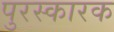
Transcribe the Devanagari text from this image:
पुरस्कारक